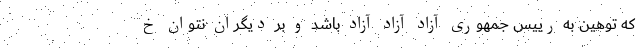
که توهین به رییس جمهوری آزادِ آزادِ آزاد باشد و بر دیگران نتوان خ